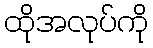
ထိုအလုပ်ကို